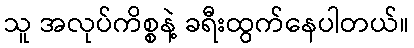
သူ အလုပ်ကိစ္စနဲ့ ခရီးထွက်နေပါတယ်။